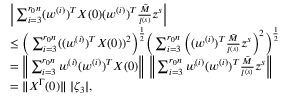
\begin{array} { r l } & { \Big | \sum _ { i = 3 } ^ { r _ { 0 } n } ( w ^ { ( i ) } ) ^ { T } X ( 0 ) ( w ^ { ( i ) } ) ^ { T } \frac { \tilde { M } } { l ^ { ( s ) } } z ^ { s } \Big | } \\ & { \le \Big ( \sum _ { i = 3 } ^ { r _ { 0 } n } ( ( w ^ { ( i ) } ) ^ { T } X ( 0 ) ) ^ { 2 } \Big ) ^ { \frac 1 2 } \Big ( \sum _ { i = 3 } ^ { r _ { 0 } n } \Big ( ( w ^ { ( i ) } ) ^ { T } \frac { \tilde { M } } { l ^ { ( s ) } } z ^ { s } \Big ) ^ { 2 } \Big ) ^ { \frac 1 2 } } \\ & { = \Big \| \sum _ { i = 3 } ^ { r _ { 0 } n } w ^ { ( i ) } ( w ^ { ( i ) } ) ^ { T } X ( 0 ) \Big \| ~ \Big \| \sum _ { i = 3 } ^ { r _ { 0 } n } w ^ { ( i ) } ( w ^ { ( i ) } ) ^ { T } \frac { \tilde { M } } { l ^ { ( s ) } } z ^ { s } \Big \| } \\ & { = \| X ^ { \Gamma } ( 0 ) \| ~ | \zeta _ { 3 } | , } \end{array}